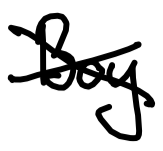
Text: Boy
Cross-out: cross
Writing tool: digital_black